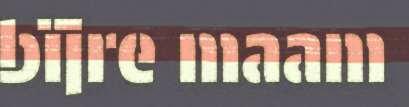
bïjre maam